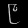
Digit: ၉